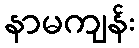
နာမကျန်း